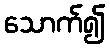
သောက်၍